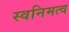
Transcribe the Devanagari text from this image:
स्वनिमत्व